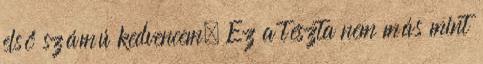
első számú kedvencem. Ez a tészta nem más mint